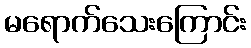
မရောက်သေးကြောင်း